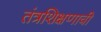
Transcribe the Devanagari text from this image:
तंत्रशिक्षणाची